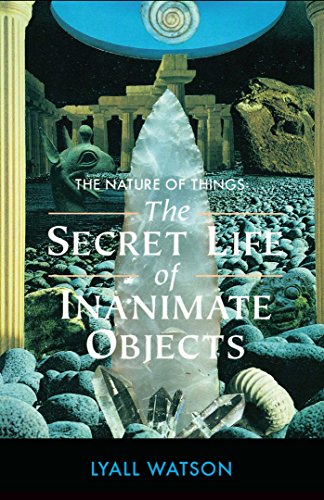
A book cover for The Nature of Things: The Secret Life of Inanimate Objects; Lyall Watson; Religion & Spirituality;